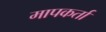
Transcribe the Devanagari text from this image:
मापकर्ता